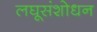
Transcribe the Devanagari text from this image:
लघूसंशोधन